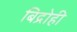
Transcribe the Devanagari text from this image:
बिद्रोही